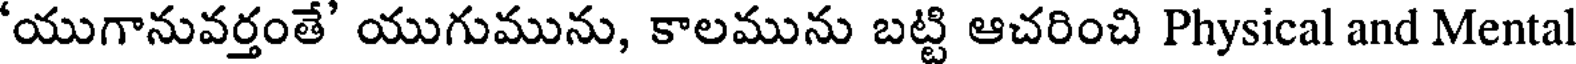
'యుగానువర్తంతే' యుగుమును, కాలమును బట్టి ఆచరించి Physical and Mental